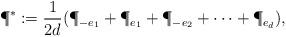
LaTeX: \begin{align*}\P^\ast:=\frac{1}{2d} (\P_{-e_1}+\P_{e_1}+\P_{-e_2}+\dots +\P_{e_d}),\end{align*}